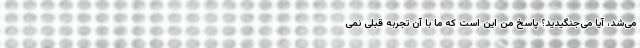
می‌شد، آیا می‌جنگیدید؟ پاسخ من این است که ما با آن تجربه قبلی نمی